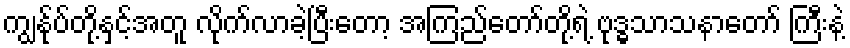
ကျွန်ုပ်တို့နှင့်အတူ လိုက်လာခဲ့ပြီးတော့ အကြည်တော်တို့ရဲ့ ဗုဒ္ဓသာသနာတော် ကြီးနဲ့